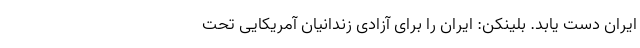
ایران دست یابد. بلینکن: ایران را برای آزادی زندانیان آمریکایی تحت